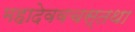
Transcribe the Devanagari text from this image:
महादेववचस्तथा